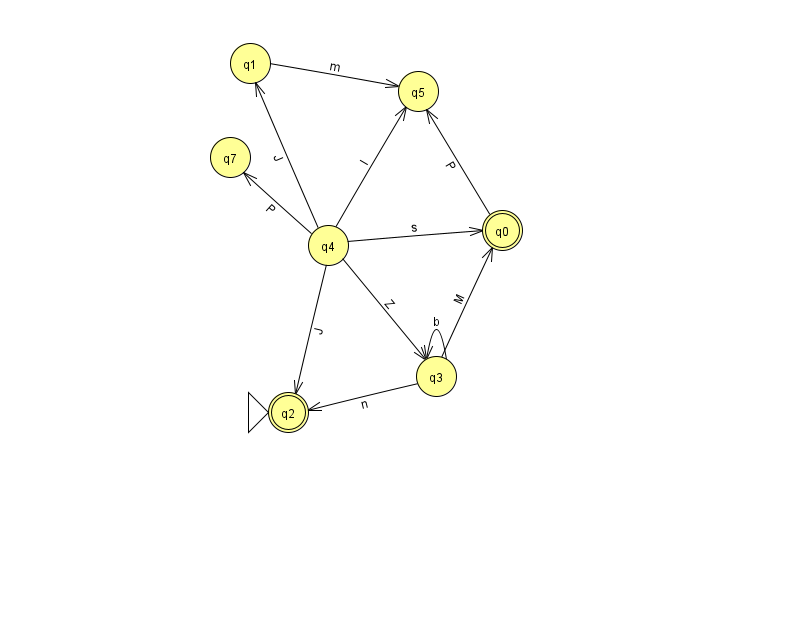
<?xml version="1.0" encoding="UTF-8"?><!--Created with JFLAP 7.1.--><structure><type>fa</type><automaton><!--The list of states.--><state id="0" name="q0"><x>502.0</x><y>217.0</y><final/></state><state id="1" name="q1"><x>250.0</x><y>50.0</y></state><state id="2" name="q2"><x>288.0</x><y>399.0</y><initial/><final/></state><state id="3" name="q3"><x>436.0</x><y>363.0</y></state><state id="4" name="q4"><x>328.0</x><y>232.0</y></state><state id="5" name="q5"><x>418.0</x><y>78.0</y></state><state id="7" name="q7"><x>230.0</x><y>144.0</y></state><!--The list of transitions.--><transition><from>1</from><to>5</to><read>m</read></transition><transition><from>3</from><to>0</to><read>M</read></transition><transition><from>3</from><to>3</to><read>b</read></transition><transition><from>0</from><to>5</to><read>P</read></transition><transition><from>4</from><to>5</to><read>l</read></transition><transition><from>4</from><to>2</to><read>J</read></transition><transition><from>4</from><to>3</to><read>Z</read></transition><transition><from>4</from><to>7</to><read>P</read></transition><transition><from>3</from><to>2</to><read>n</read></transition><transition><from>4</from><to>0</to><read>s</read></transition><transition><from>4</from><to>1</to><read>J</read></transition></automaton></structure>